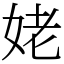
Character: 姥